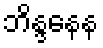
ဘိန္ဒနေန